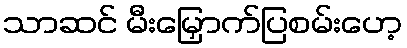
သာဆင် မီးမြှောက်ပြစမ်းဟေ့